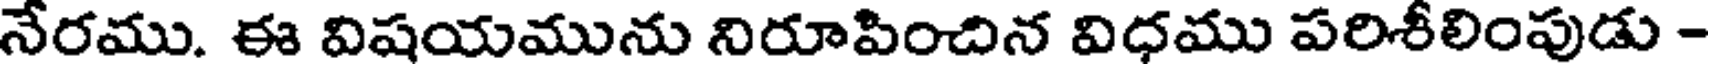
నేరము. ఈ విషయమును నిరూపించిన విధము పరిశీలింపుడు -